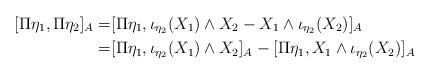
LaTeX: \begin{align*} [\Pi\eta_1,\Pi\eta_2]_{A}=& [\Pi\eta_1, \iota_{\eta_2}(X_1)\wedge X_2- X_1\wedge \iota_{\eta_2}(X_2)]_{A}\\ =& [\Pi\eta_1, \iota_{\eta_2}(X_1)\wedge X_2]_{A}- [\Pi\eta_1,X_1\wedge \iota_{\eta_2}(X_2)]_{A}\end{align*}